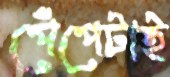
পেঁপেটাই